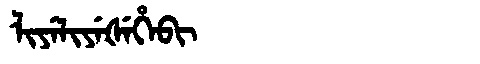
Manchu: ᠯᡳᠶᡝᠯᡳᠶᡝᡧᡝᡥᡝᠪᡳ
Romanization: LIYELIYEŠEHEBI